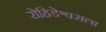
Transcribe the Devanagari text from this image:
रोहिडेश्वराला